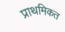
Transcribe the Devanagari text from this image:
प्राथमिकत